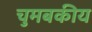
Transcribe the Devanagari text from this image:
चुमबकीय